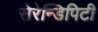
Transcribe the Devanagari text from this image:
सेरेन्डिपिटी